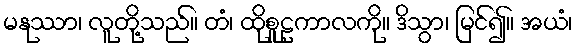
မနုဿာ၊ လူတို့သည်။ တံ၊ ထိုစူဠကာလကို။ ဒိသွာ၊ မြင်၍။ အယံ၊